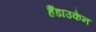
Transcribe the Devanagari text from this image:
हैंडाउकेन